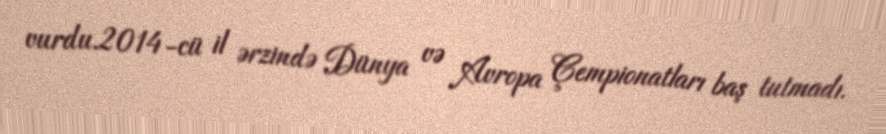
vurdu.2014-cü il ərzində Dünya və Avropa Çempionatları baş tutmadı.